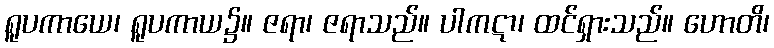
ရူပကာယေ၊ ရူပကာယ၌။ ဇရာ၊ ဇရာသည်။ ပါကဋာ၊ ထင်ရှားသည်။ ဟောတိ၊